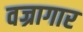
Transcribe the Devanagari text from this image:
वज्रागार